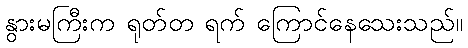
နွားမကြီးက ရုတ်တ ရက် ကြောင်နေသေးသည်။